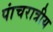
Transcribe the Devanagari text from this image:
पांचरात्रीय